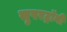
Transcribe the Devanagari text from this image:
सुपरट्रॉनी